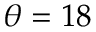
\theta = 1 8